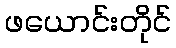
ဖယောင်းတိုင်